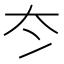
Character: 冭